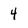
Character: 4